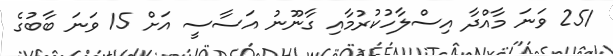
251 ވަނަ މާއްދާ އިސްލާހުކުރުމާއި ގާނޫނު އަސާސީ އަށް 15 ވަނަ ބާބުގެ